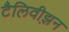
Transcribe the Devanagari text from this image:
टैलिवीझ़न